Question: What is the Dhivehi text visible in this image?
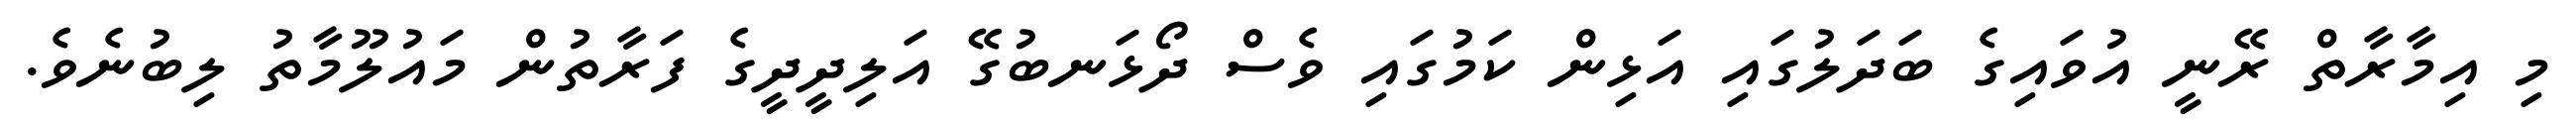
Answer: މި އިމާރާތް ރޭނީ އުވައިގެ ބަދަލުގައި އަޅިން ކަމުގައި ވެސް ދޯޅަނބުގޭ އަލިދީދީގެ ފަރާތުން މައުލޫމާތު ލިބުނެވެ.